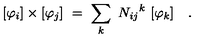
[ \varphi _ { i } ] \times [ \varphi _ { j } ] \ = \ \sum _ { k } \ { N _ { i j } } ^ { k } \ [ \varphi _ { k } ] \quad .